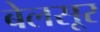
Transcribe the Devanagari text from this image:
बेलसूर